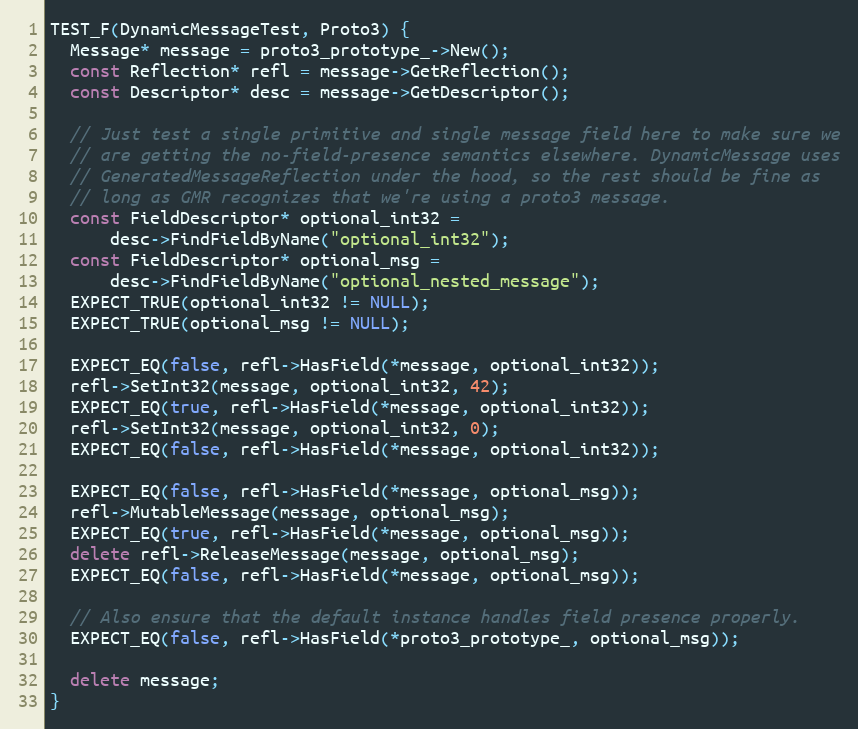
Language: C++
TEST_F(DynamicMessageTest, Proto3) {
  Message* message = proto3_prototype_->New();
  const Reflection* refl = message->GetReflection();
  const Descriptor* desc = message->GetDescriptor();

  // Just test a single primitive and single message field here to make sure we
  // are getting the no-field-presence semantics elsewhere. DynamicMessage uses
  // GeneratedMessageReflection under the hood, so the rest should be fine as
  // long as GMR recognizes that we're using a proto3 message.
  const FieldDescriptor* optional_int32 =
      desc->FindFieldByName("optional_int32");
  const FieldDescriptor* optional_msg =
      desc->FindFieldByName("optional_nested_message");
  EXPECT_TRUE(optional_int32 != NULL);
  EXPECT_TRUE(optional_msg != NULL);

  EXPECT_EQ(false, refl->HasField(*message, optional_int32));
  refl->SetInt32(message, optional_int32, 42);
  EXPECT_EQ(true, refl->HasField(*message, optional_int32));
  refl->SetInt32(message, optional_int32, 0);
  EXPECT_EQ(false, refl->HasField(*message, optional_int32));

  EXPECT_EQ(false, refl->HasField(*message, optional_msg));
  refl->MutableMessage(message, optional_msg);
  EXPECT_EQ(true, refl->HasField(*message, optional_msg));
  delete refl->ReleaseMessage(message, optional_msg);
  EXPECT_EQ(false, refl->HasField(*message, optional_msg));

  // Also ensure that the default instance handles field presence properly.
  EXPECT_EQ(false, refl->HasField(*proto3_prototype_, optional_msg));

  delete message;
}